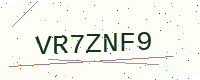
Text: VR7ZNF9